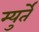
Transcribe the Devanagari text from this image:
म्युर्ते